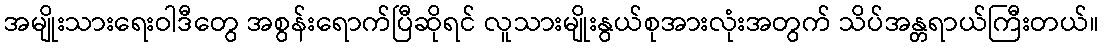
အမျိုးသားရေးဝါဒီတွေ အစွန်းရောက်ပြီဆိုရင် လူသားမျိုးနွယ်စုအားလုံးအတွက် သိပ်အန္တရာယ်ကြီးတယ်။